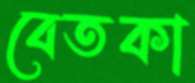
বেতকা